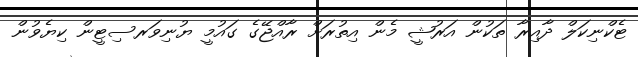
ޓެކްނިކަލް ދާއިރާ ތަކުން އަރުޝީ މެން އިތުރަށް ރާއްޖޭގެ ގައުމީ ޔުނިވަރސިޓީން ކިޔެވުން